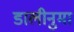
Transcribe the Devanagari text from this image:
डालीनुमा